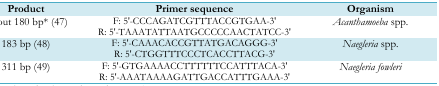
| Product | Primer sequence | Organism |
 | --- | --- | --- |
 | About 180 bp* (47) | F: 5′-CCCAGATCGTTTACCGTGAA-3′R: 5′-TAAATATTAATGCCCCCAACTATCC-3′ | Acanthamoeba spp. |
 | 183 bp (48) | F: 5′-CAAACACCGTTATGACAGGG-3′R: 5′-CTGGTTTCCCTCACCTTACG-3′ | Naegleria spp. |
 | 311 bp (49) | F: 5′-GTGAAAACCTTTTTTCCATTTACA-3′R: 5′-AAATAAAAGATTGACCATTTGAAA-3′ | Naegleria fowleri |